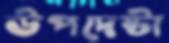
উপদেষ্টা